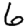
Digit: 6